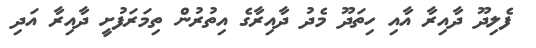
ފެލިދޫ ދާއިރާ އާއި ހިތަދޫ މެދު ދާއިރާގެ އިތުރުން ތިމަރަފުށީ ދާއިރާ އަދި